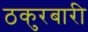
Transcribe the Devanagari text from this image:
ठकुरबारी